画像に写った文字を読んでください
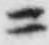
「ニ」と書いてあります